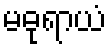
မဓုရာယံ